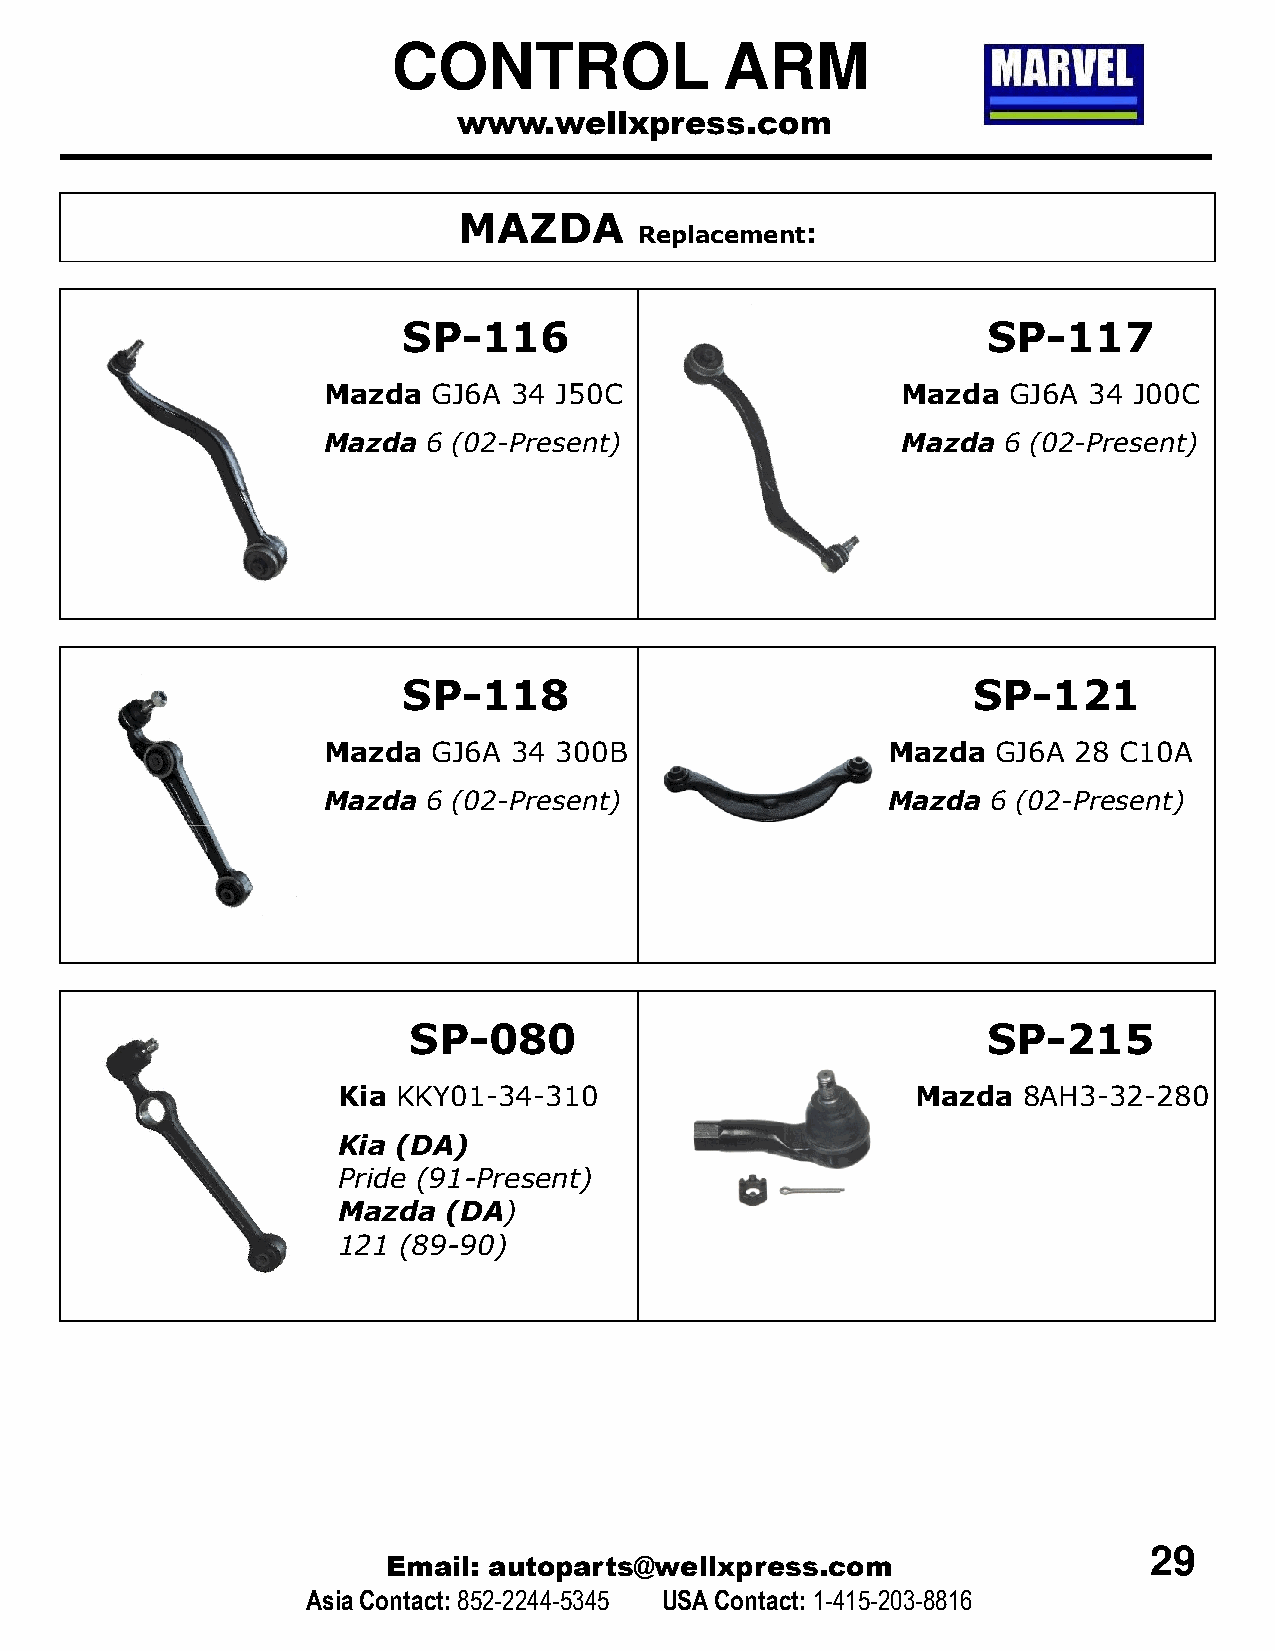
CONTROL               ARM
 www.wellxpress.com
 MAZDA
 Replacement:
 SP-116                                SP-117
 Mazda   GJ6A 34 J50C                   Mazda  GJ6A 34 J00C
 Mazda  6 (02-Present)                  Mazda 6 (02-Present)
 SP-118                               SP-121
 Mazda   GJ6A 34 300B                  Mazda  GJ6A 28 C10A
 Mazda  6 (02-Present)                 Mazda  6 (02-Present)
 SP-080                                SP-215
 Kia KKY01-34-310                       Mazda  8AH3-32-280
 Kia (DA)
 Pride (91-Present)
 Mazda  (DA)
 121 (89-90)
 29
 Email: autoparts@wellxpress.com
 Asia Contact:852-2244-5345 USA Contact: 1-415-203-8816